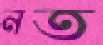
নত